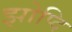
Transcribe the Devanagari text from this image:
झोप्दि